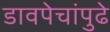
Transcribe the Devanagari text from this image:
डावपेचांपुढे